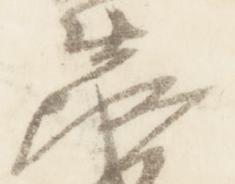
衛